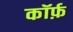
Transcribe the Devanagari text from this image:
कॉर्फ़